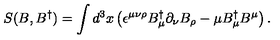
S ( B , B ^ { \dagger } ) = \int d ^ { 3 } x \left( \epsilon ^ { \mu \nu \rho } B _ { \mu } ^ { \dagger } \partial _ { \nu } B _ { \rho } - \mu B _ { \mu } ^ { \dagger } B ^ { \mu } \right) .